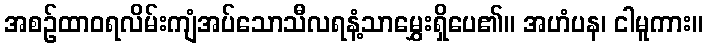
အစဉ်ထာဝရလိမ်းကျံအပ်သောသီလရနံ့သာမွှေးရှိပေ၏။ အဟံပန၊ ငါမူကား။